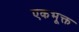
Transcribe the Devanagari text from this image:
एकभूक्त